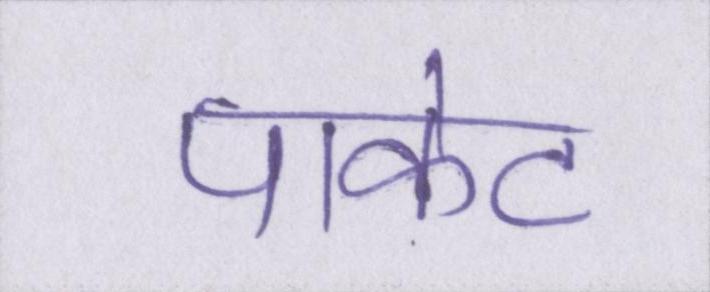
पाकेट